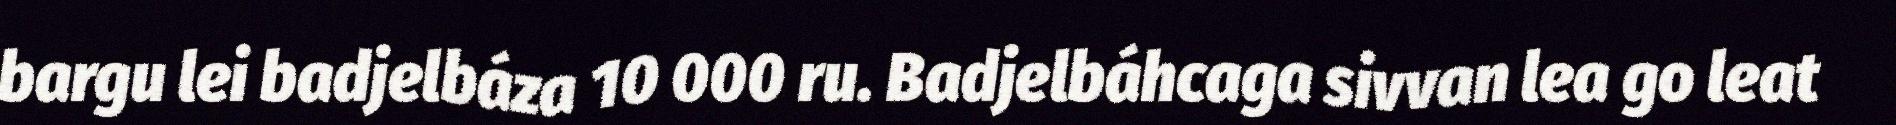
bargu lei badjelbáza 10 000 ru. Badjelbáhcaga sivvan lea go leat